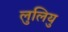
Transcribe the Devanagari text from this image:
लुलियु